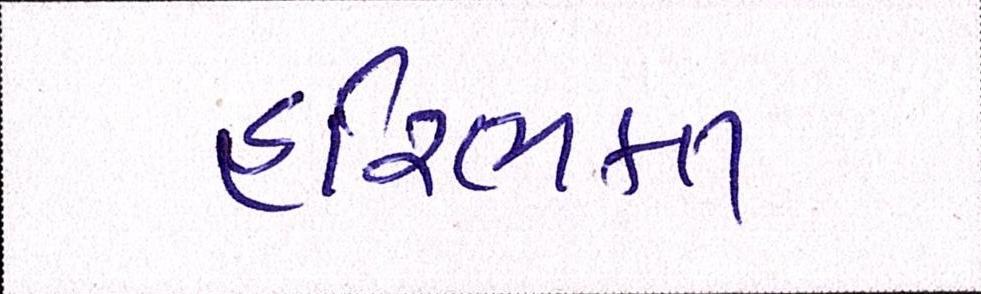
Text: હરિભકત